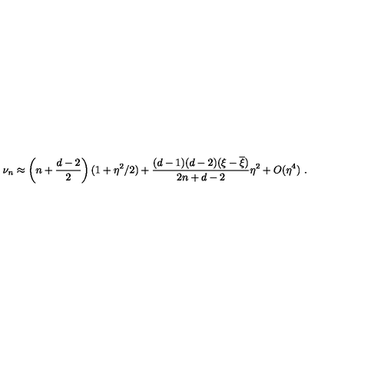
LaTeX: \nu _ { n } \approx \left( n + \frac { d - 2 } 2 \right) ( 1 + \eta ^ { 2 } / 2 ) + \frac { ( d - 1 ) ( d - 2 ) ( \xi - \overline { { \xi } } ) } { 2 n + d - 2 } \eta ^ { 2 } + O ( \eta ^ { 4 } ) \ .